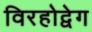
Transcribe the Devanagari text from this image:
विरहोद्वेग